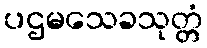
ပဌမသေခသုတ္တံ